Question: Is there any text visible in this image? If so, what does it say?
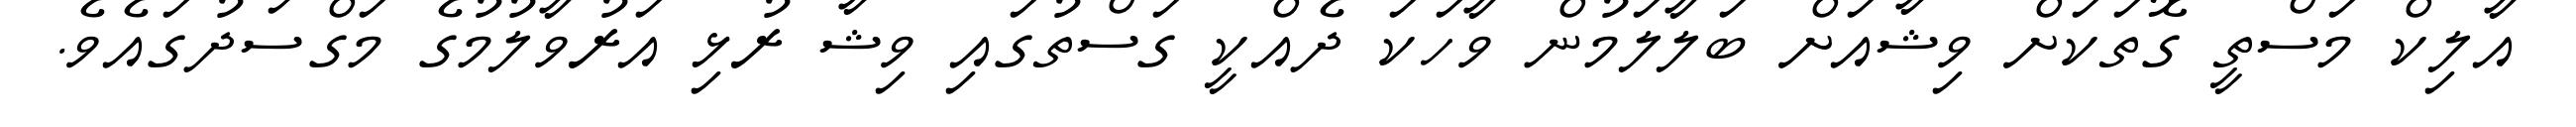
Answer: އާލިކް މަސްތީ ގޮތަކަށް ވިޝާއަށް ބަލާލަމުން ވާހަކަ ދެއްކީ ގަސްތުގައި ވިޝާ ރުޅި އަރުވާލުމުގެ މަގްސަދުގައެވެ.